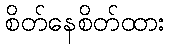
စိတ်နေစိတ်ထား